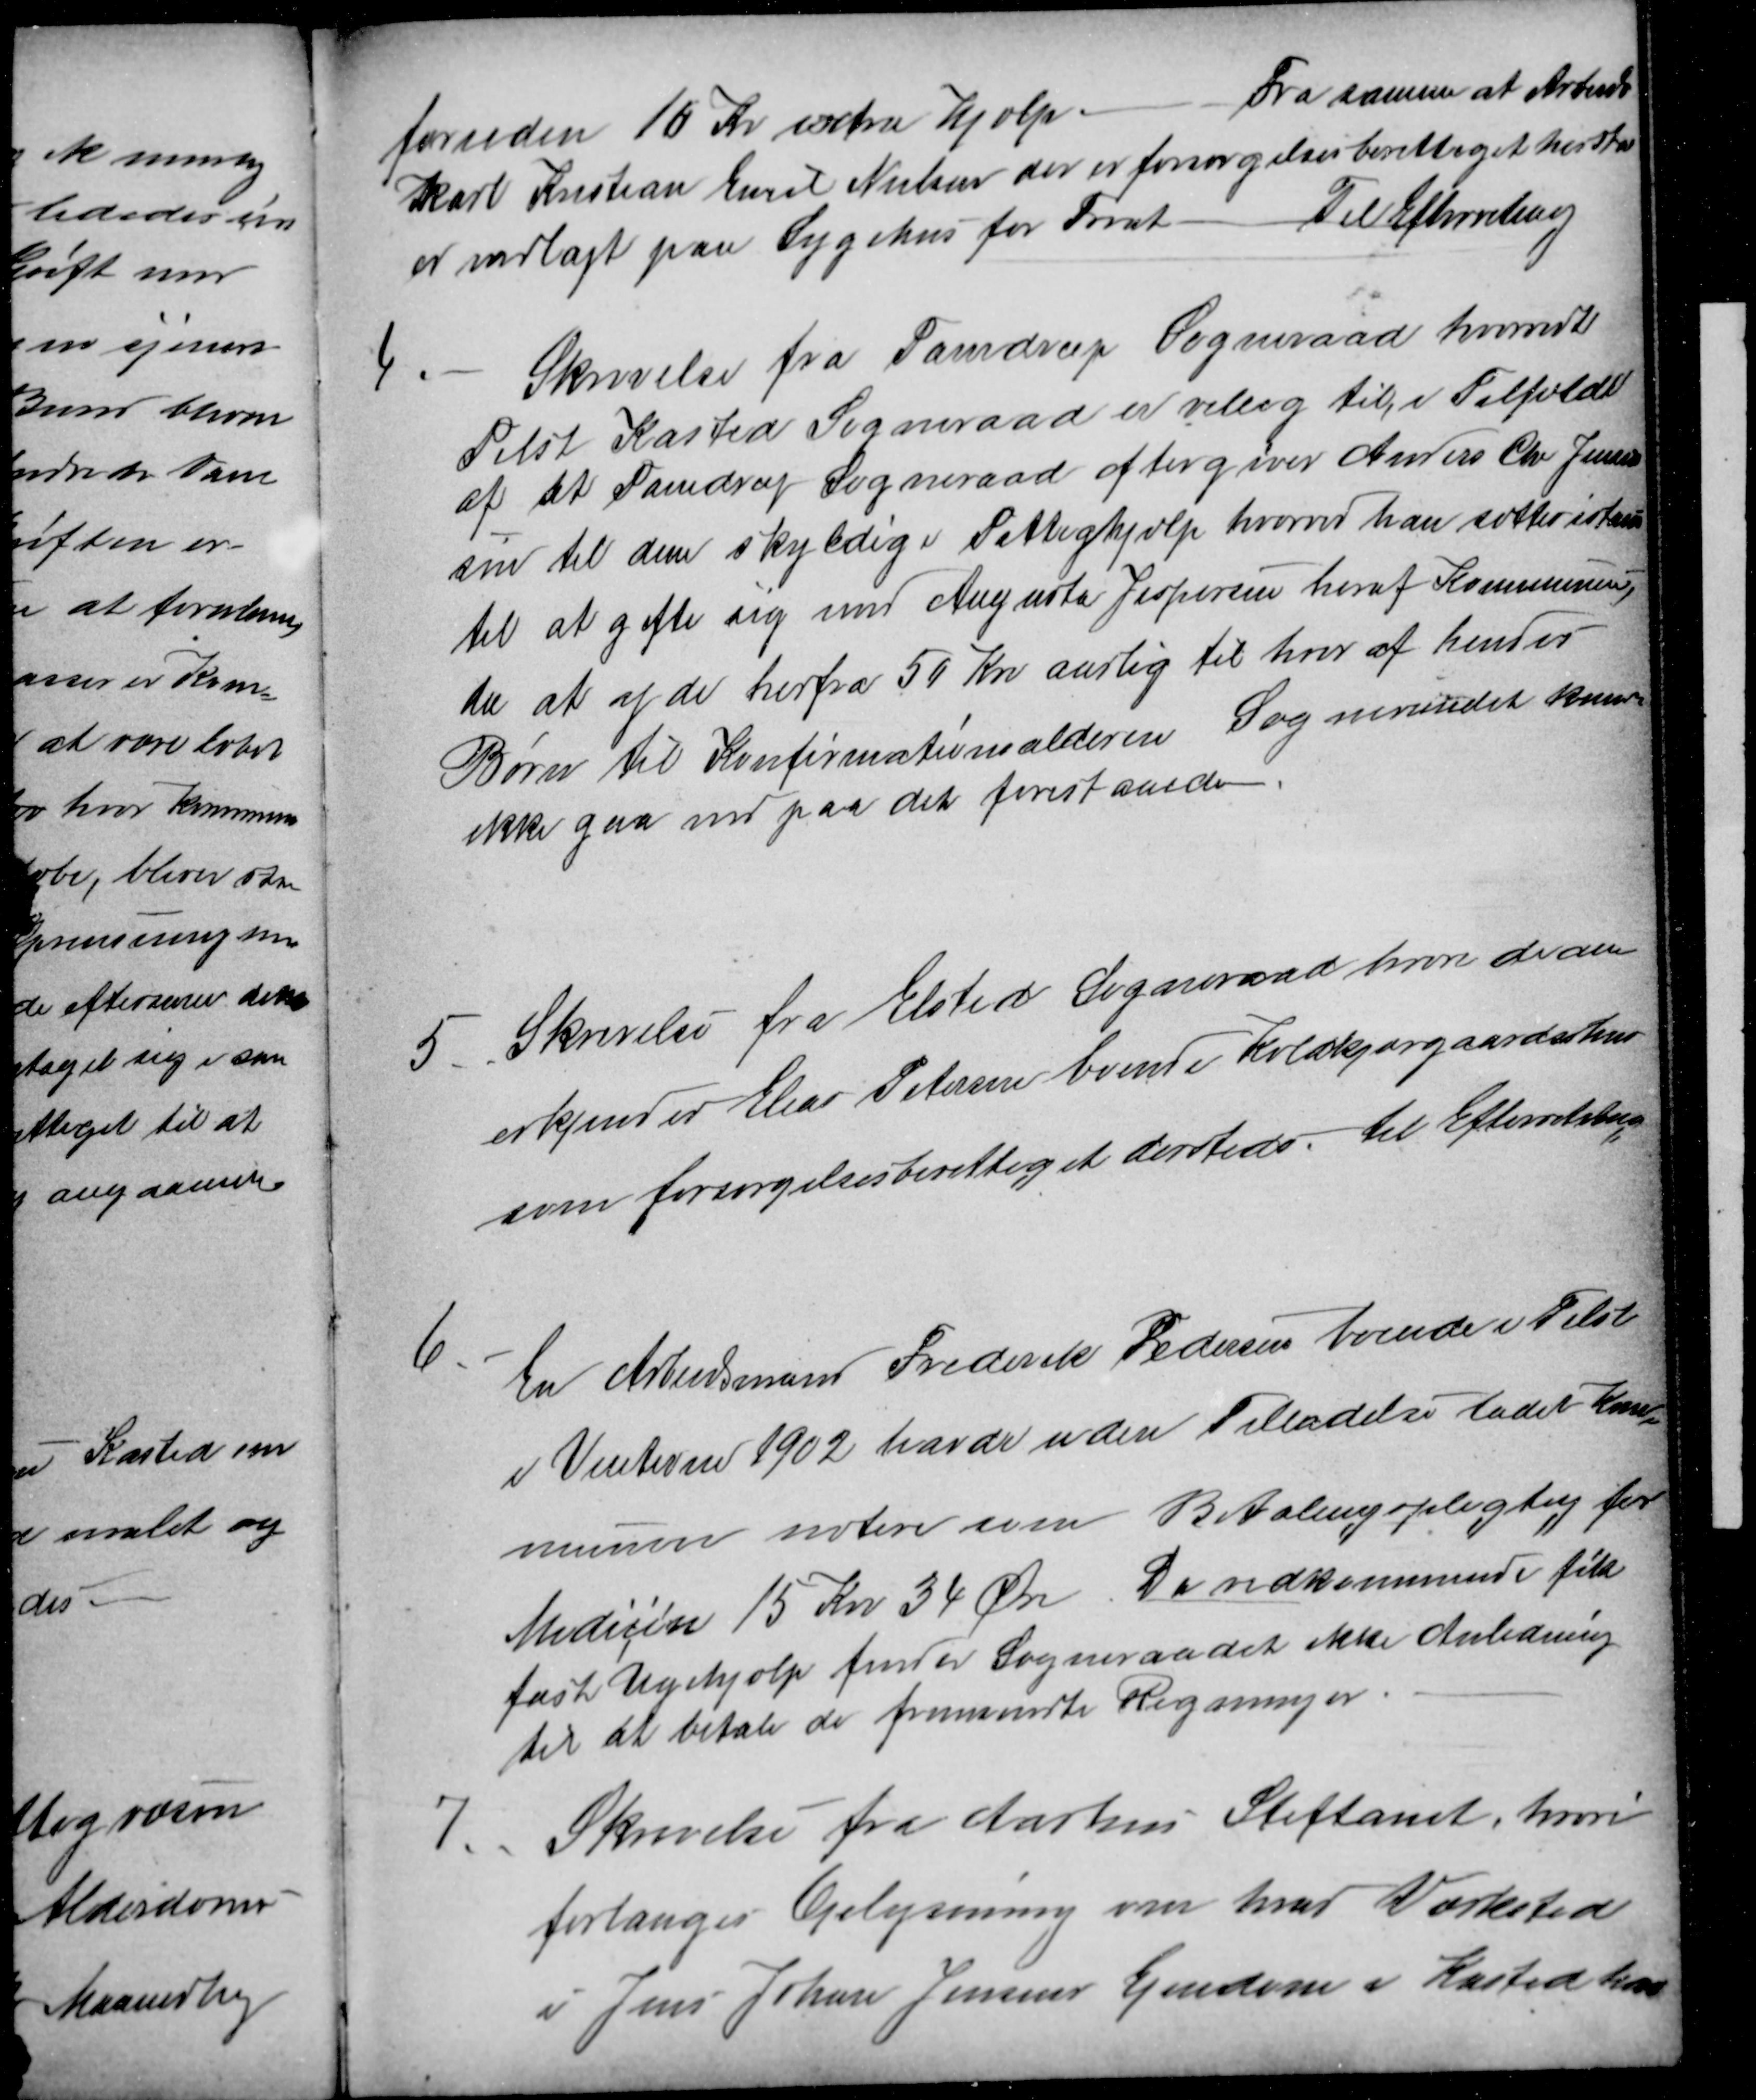
Transskription:
foruden 10 Kr extra Hjælp.
Fra samme at Arbejds-
karl Kristian Emil Nielsen der er forsørgelsesberettiget hersteds
er indlagt paa Sygehus for Fnat
Til Efterretning
4.
Skrivelse fra Tamdrup Sogneraad hvorvidt
Tilst Kasted Sogneraad er villig til, i Tilfælde
af at Tamdrup Sogneraad eftergiver Anders Chr Jensen
sin til dem skyldige Fattighjælp hvorved han sættes istand
til at gifte sig med Augusta Jespersen heraf Kommunen,
da at af yde herfra 50 Kr aarlig til hver af hendes
Børn til Konfirmationsalderen Sogneraadet kunde
ikke gaa ind paa det foreslaaede.
5. Skrivelse fra Elsted Sogneraad hvori de an-
erkjender Elias Petersen boende Koldkjærgaardshus
som forsørgelsesberettiget dersteds. Til Efterretning
6
En Arbeidsmand Frederik Pedersen boende i Tilst
i Vinteren 1902 havde uden Tilladelse ladet Kom-
munen notere som Betalingspligtig for
Medicin 15 Kr 34 Øre. Da vedkommende fik
fast Ugehjælp finder Sogneraadet ikke Anledning
til at betale de fremsendte Regninger
7
Skrivelse fra Aarhus Stiftamt, hvori
forlanges Oplysning om hvad Værksted
i Jens Johan Jensens Ejendom i Kasted har